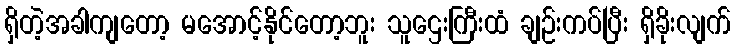
ရှိတဲ့အခါကျတော့ မအောင့်နိုင်တော့ဘူး သူဌေးကြီးထံ ချဉ်းကပ်ပြီး ရှိခိုးလျက်